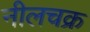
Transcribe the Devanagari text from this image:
नीलचक्र